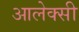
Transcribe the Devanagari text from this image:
आलेक्सी